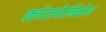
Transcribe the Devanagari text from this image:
क्लोरम्फेनिकोल